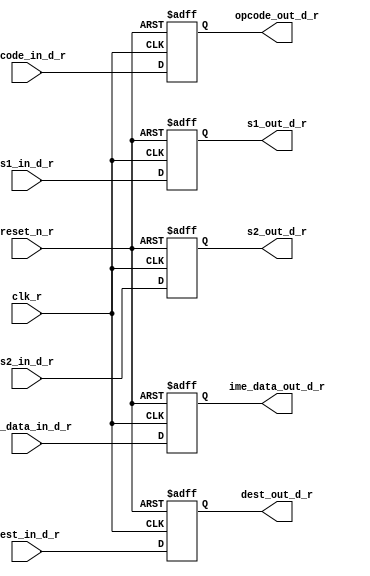
`timescale 1ns / 1ps
//////////////////////////////////////////////////////////////////////////////////
// Company: 
// Engineer: 
// 
// Design Name: 
// Module Name:    reciever_decode 
// Project Name: 
// Target Devices: 
// Tool versions: 
// Description: 
//
// Dependencies: 
//
// Revision: 2
// Revision 0.01 - File Created
// Additional Comments: 
//
//////////////////////////////////////////////////////////////////////////////////
module reciever_decode(
    input [4:0] opcode_in_d_r,
    input [3:0] dest_in_d_r,
    input [3:0] s1_in_d_r,
    input [3:0] s2_in_d_r,
    input [31:0] ime_data_in_d_r,
    output reg [4:0] opcode_out_d_r,
    output reg [3:0] dest_out_d_r,
    output reg [3:0] s1_out_d_r,
    output reg [3:0] s2_out_d_r,
    output reg [31:0] ime_data_out_d_r,
    input clk_r,
    input reset_n_r
    );

always@(posedge clk_r or negedge reset_n_r)
begin
  if(~reset_n_r)
  begin
    opcode_out_d_r<=0;
	 dest_out_d_r<=0;
	 s1_out_d_r<=0;
	 s2_out_d_r<=0;
	 ime_data_out_d_r<=0;
  end
  else
  begin
    opcode_out_d_r <= opcode_in_d_r;
	 dest_out_d_r <= dest_in_d_r;
	 s1_out_d_r <= s1_in_d_r;
	 s2_out_d_r <= s2_in_d_r;
	 ime_data_out_d_r <= ime_data_in_d_r;
  end
end

endmodule